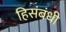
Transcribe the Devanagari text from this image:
हिसंबंधी